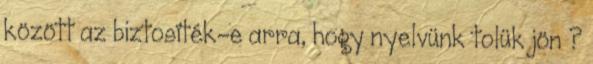
között az biztosíték-e arra, hogy nyelvünk tolük jön ?